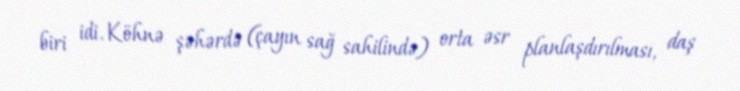
biri idi. Köhnə şəhərdə (çayın sağ sahilində) orta əsr planlaşdırılması, daş